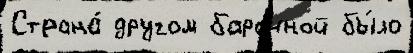
Страна́ другом барочной бы́ло